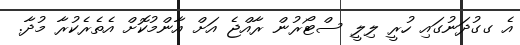
އެ ގގުދަނުގައި ހުރީ ލިލީ ސްޓޯރުން ރާއްޖެ އަށް އާންމުކޮށް އެތެރެކުރާ މުދާ.